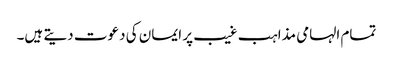
تمام الہامی مذاہب غیب پر ایمان کی دعوت دیتے ہیں۔